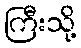
ကြီးသို့